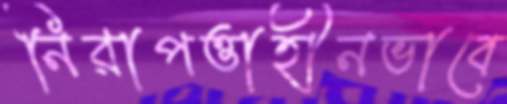
নিরাপত্তাহীনভাবে